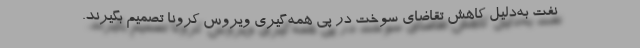
نفت به‌دلیل کاهش تقاضای سوخت در پی همه‌گیری ویروس کرونا تصمیم بگیرند.